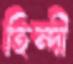
হিন্দী